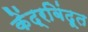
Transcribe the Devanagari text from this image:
केंद्रबिंदूत